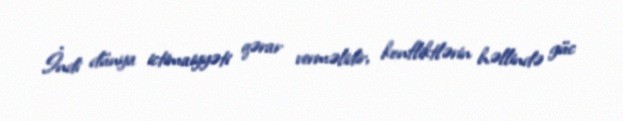
İndi dünya ictimaiyyəti qərar verməlidir, konfliktlərin həllində güc